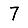
Digit: 7